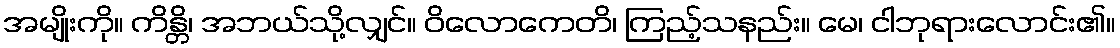
အမျိုးကို။ ကိန္တိ၊ အဘယ်သို့လျှင်။ ဝိလောကေတိ၊ ကြည့်သနည်း။ မေ၊ ငါဘုရားလောင်း၏။